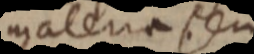
malenaa seu